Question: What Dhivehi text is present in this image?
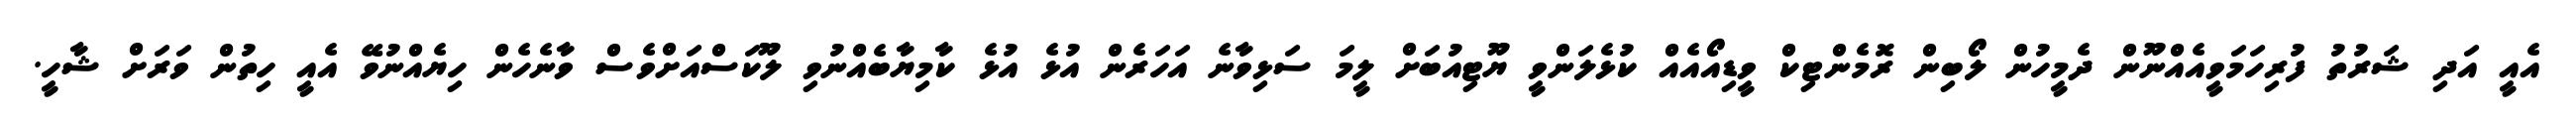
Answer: އެއީ އަދި ޝަރުތު ފުރިހަމަވީއެއްނޫން ދެމީހުން ލޯބިން ރޮމެންޓިކް ވީޑިއޯއެއް ކުޅެލަންވީ ޔޫޓިއުބަށް ލީމަ ސަޅިވާނެ އަހަރެން އުޅެ އުޅެ ކާމިޔާބެއްނުވި ލޫކަސްއަށްވެސް ވާނެހެން ހިޔެއްނުވޭ އެއީ ހިތުން ވަރަށް ޝާހީ.